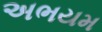
અભયમ